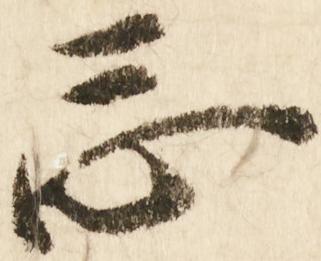
忩